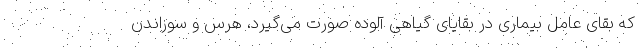
که بقای عامل بیماری در بقایای گیاهی آلوده صورت می‌گیرد، هرس و سوزاندن